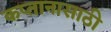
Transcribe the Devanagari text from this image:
कप्तानासाठी